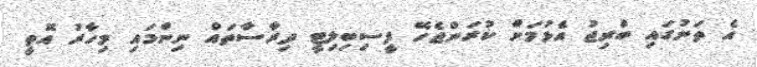
އެ ތަނުގައި ބްރިޖު އެޅުމަށް ކުރަންޖެހޭ ފީސިބިލިޓީ ދިރާސާތައް ނިންމައި މިހާރު އޮތީ